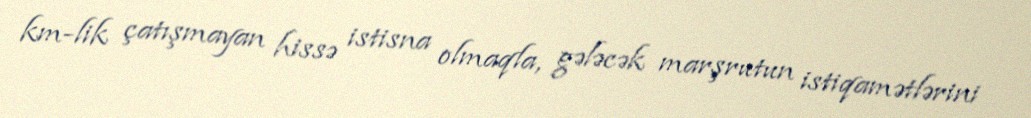
km-lik çatışmayan hissə istisna olmaqla, gələcək marşrutun istiqamətlərini